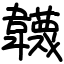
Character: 韤